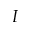
I